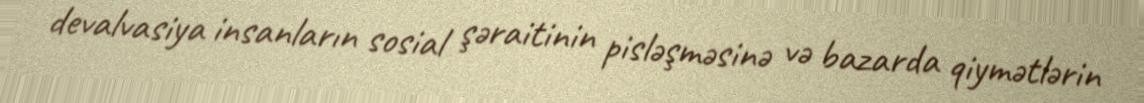
devalvasiya insanların sosial şəraitinin pisləşməsinə və bazarda qiymətlərin